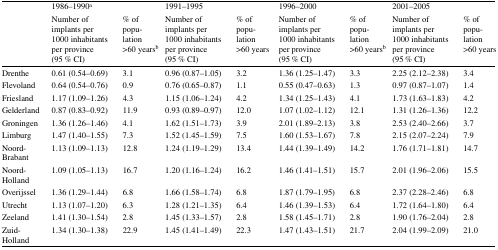
<table><thead><tr><td rowspan="2"></td><td colspan="2"><b>1986–1990<sup>a</sup></b></td><td colspan="2"><b>1991–1995</b></td><td colspan="2"><b>1996–2000</b></td><td colspan="2"><b>2001–2005</b></td></tr><tr><td><b>Number of implants per 1000 inhabitants per province(95 % CI)</b></td><td><b>% of population &gt;60 years<sup>b</sup></b></td><td><b>Number of implants per 1000 inhabitants per province(95 % CI)</b></td><td><b>% of population &gt;60 years</b></td><td><b>Number of implants per 1000 inhabitants per province(95 % CI)</b></td><td><b>% of population &gt;60 years<sup>b</sup></b></td><td><b>Number of implants per 1000 inhabitants per province(95 % CI)</b></td><td><b>% of population &gt;60 years</b></td></tr></thead><tbody><tr><td>Drenthe</td><td>0.61 (0.54–0.69)</td><td>3.1</td><td>0.96 (0.87–1.05)</td><td>3.2</td><td>1.36 (1.25–1.47)</td><td>3.3</td><td>2.25 (2.12–2.38)</td><td>3.4</td></tr><tr><td>Flevoland</td><td>0.64 (0.54–0.76)</td><td>0.9</td><td>0.76 (0.65–0.87)</td><td>1.1</td><td>0.55 (0.47–0.63)</td><td>1.3</td><td>0.97 (0.87–1.07)</td><td>1.4</td></tr><tr><td>Friesland</td><td>1.17 (1.09–1.26)</td><td>4.3</td><td>1.15 (1.06–1.24)</td><td>4.2</td><td>1.34 (1.25–1.43)</td><td>4.1</td><td>1.73 (1.63–1.83)</td><td>4.2</td></tr><tr><td>Gelderland</td><td>0.87 (0.83–0.92)</td><td>11.9</td><td>0.93 (0.89–0.97)</td><td>12.0</td><td>1.07 (1.02–1.12)</td><td>12.1</td><td>1.31 (1.26–1.36)</td><td>12.2</td></tr><tr><td>Groningen</td><td>1.36 (1.26–1.46)</td><td>4.1</td><td>1.62 (1.51–1.73)</td><td>3.9</td><td>2.01 (1.89–2.13)</td><td>3.8</td><td>2.53 (2.40–2.66)</td><td>3.7</td></tr><tr><td>Limburg</td><td>1.47 (1.40–1.55)</td><td>7.3</td><td>1.52 (1.45–1.59)</td><td>7.5</td><td>1.60 (1.53–1.67)</td><td>7.8</td><td>2.15 (2.07–2.24)</td><td>7.9</td></tr><tr><td>Noord-Brabant</td><td>1.13 (1.09–1.13)</td><td>12.8</td><td>1.24 (1.19–1.29)</td><td>13.4</td><td>1.44 (1.39–1.49)</td><td>14.2</td><td>1.76 (1.71–1.81)</td><td>14.7</td></tr><tr><td>Noord-Holland</td><td>1.09 (1.05–1.13)</td><td>16.7</td><td>1.20 (1.16–1.24)</td><td>16.2</td><td>1.46 (1.41–1.51)</td><td>15.7</td><td>2.01 (1.96–2.06)</td><td>15.5</td></tr><tr><td>Overijssel</td><td>1.36 (1.29–1.44)</td><td>6.8</td><td>1.66 (1.58–1.74)</td><td>6.8</td><td>1.87 (1.79–1.95)</td><td>6.8</td><td>2.37 (2.28–2.46)</td><td>6.8</td></tr><tr><td>Utrecht</td><td>1.13 (1.07–1.20)</td><td>6.3</td><td>1.28 (1.21–1.35)</td><td>6.4</td><td>1.46 (1.39–1.53)</td><td>6.4</td><td>1.72 (1.64–1.80)</td><td>6.4</td></tr><tr><td>Zeeland</td><td>1.41 (1.30–1.54)</td><td>2.8</td><td>1.45 (1.33–1.57)</td><td>2.8</td><td>1.58 (1.45–1.71)</td><td>2.8</td><td>1.90 (1.76–2.04)</td><td>2.8</td></tr><tr><td>Zuid-Holland</td><td>1.34 (1.30–1.38)</td><td>22.9</td><td>1.45 (1.41–1.49)</td><td>22.3</td><td>1.47 (1.43–1.51)</td><td>21.7</td><td>2.04 (1.99–2.09)</td><td>21.0</td></tr></tbody></table>